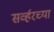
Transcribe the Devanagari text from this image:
सर्व्हरच्या